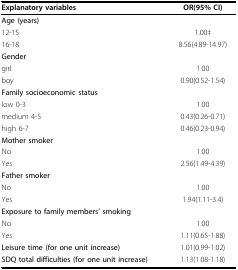
| Explanatory variables | OR(95% CI) |
 | --- | --- |
 | Age (years) |  |
 | 12-15 | 1.00‡ |
 | 16-18 | 8.56(4.89-14.97) |
 | Gender |  |
 | girl | 1.00 |
 | boy | 0.90(0.52-1.54) |
 | Family socioeconomic status |  |
 | low 0-3 | 1.00 |
 | medium 4-5 | 0.43(0.26-0.71) |
 | high 6-7 | 0.46(0.23-0.94) |
 | Mother smoker |  |
 | No | 1.00 |
 | Yes | 2.56(1.49-4.39) |
 | Father smoker |  |
 | No | 1.00 |
 | Yes | 1.94(1.11-3.4) |
 | Exposure to family members' smoking |  |
 | No | 1.00 |
 | Yes | 1.11(0.65-1.88) |
 | Leisure time (for one unit increase) | 1.01(0.99-1.02) |
 | SDQ total difficulties (for one unit increase) | 1.13(1.08-1.18) |